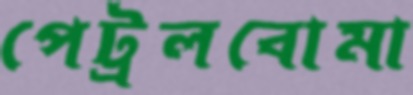
পেট্রলবোমা